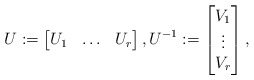
\begin{align*} U := \begin{bmatrix} U_1 & \ldots & U_r \end{bmatrix}, U^{-1} := \begin{bmatrix} V_1 \\ \vdots \\ V_r \end{bmatrix}, \end{align*}